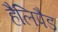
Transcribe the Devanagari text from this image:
हैलिपैड